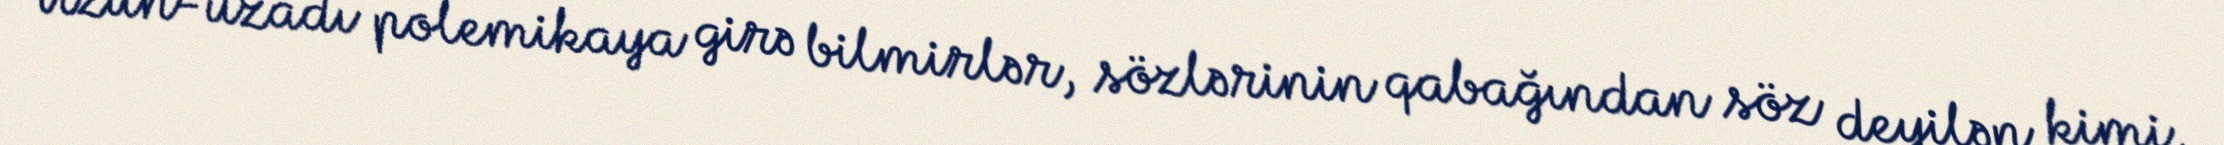
Uzun-uzadı polemikaya girə bilmirlər, sözlərinin qabağından söz deyilən kimi,